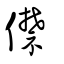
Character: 僸